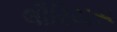
લૌરિયસ